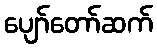
ပျော်တော်ဆက်